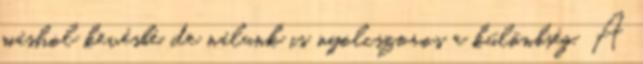
máshol kevésbé, de nálunk is nyolcszoros a különbség. A